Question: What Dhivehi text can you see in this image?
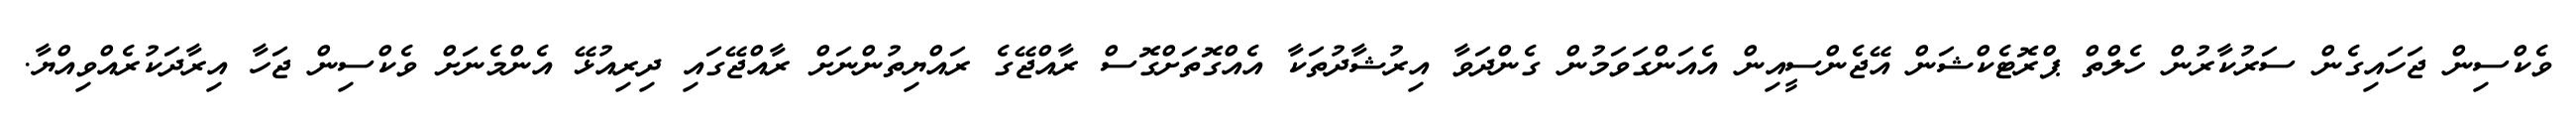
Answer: ވެކްސިން ޖަހައިގެން ސަރުކާރުން ހެލްތް ޕްރޮޓެކްޝަން އޭޖެންސީއިން އެއަންގަވަމުން ގެންދަވާ އިރުޝާދުތަކާ އެއްގޮތަށްގޮސް ރާއްޖޭގެ ރައްޔިތުންނަށް ރާއްޖޭގައި ދިރިއުޅޭ އެންމެނަށް ވެކްސިން ޖަހާ އިރާދަކުރެއްވިއްޔާ.